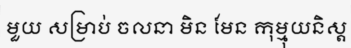
មួយ សម្រាប់ ចលនា មិន មែន កុម្មុយនិស្ត